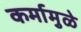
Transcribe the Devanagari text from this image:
कर्मामुळे